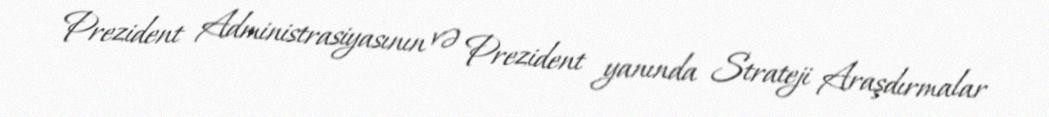
Prezident Administrasiyasının və Prezident yanında Strateji Araşdırmalar